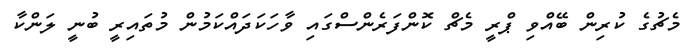
މެޗުގެ ކުރިން ބޭއްވި ޕްރީ މެޗް ކޮންފަރެންސްގައި ވާހަކަދައްކަމުން މުތައިރީ ބުނީ ލަންކާ